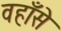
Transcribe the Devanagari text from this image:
वहाँसे